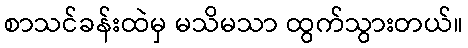
စာသင်ခန်းထဲမှ မသိမသာ ထွက်သွားတယ်။